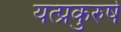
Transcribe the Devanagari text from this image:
यत्प्रकुरुषे